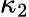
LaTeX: \kappa_{2}